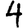
Digit: 4